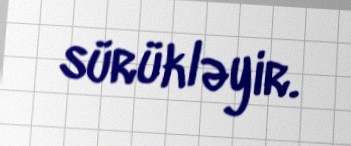
sürükləyir.